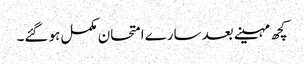
کچھ مہینے بعد سارے امتحان مکمل ہو گئے۔